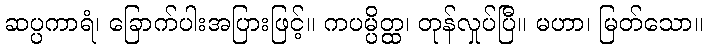
ဆပ္ပကာရံ၊ ခြောက်ပါးအပြားဖြင့်။ ကပမ္ပိတ္ထ၊ တုန်လှုပ်ပြီ။ မဟာ၊ မြတ်သော။